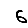
Digit: 6